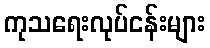
ကုသရေးလုပ်ငန်းများ